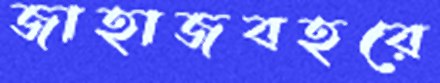
জাহাজবহরে